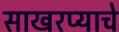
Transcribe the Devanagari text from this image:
साखरप्याचे